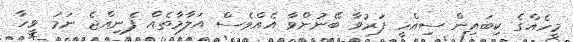
މީހެއްގެ ކިބައިން ސިއްހީ ފަރުވާ ބޭނުންވާ އެއްވެސް އަލާމާތެއް ފެނިއްޖެ ނަމަ ވީހާ